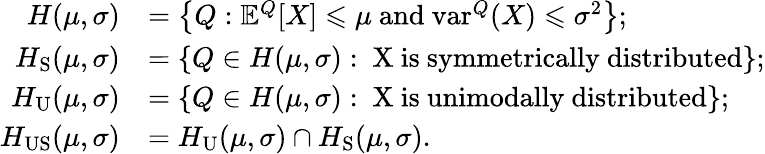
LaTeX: \begin{array}{rl}{H(\mu,\sigma)}&{=\left\{ Q:\mathbb{E}^{Q}[X]\leqslant\mu\mathrm{~and~}\mathrm{var}^{Q}(X)\leqslant\sigma^{2}\right\} ;}\\ {H_{\mathrm{S}}(\mu,\sigma)}&{=\{ Q\in H(\mu,\sigma):\mathrm{~X~is~symmetrically~distributed}\} ;}\\ {H_{\mathrm{U}}(\mu,\sigma)}&{=\{ Q\in H(\mu,\sigma):\mathrm{~X~is~unimodally~distributed}\} ;}\\ {H_{\mathrm{US}}(\mu,\sigma)}&{=H_{\mathrm{U}}(\mu,\sigma)\cap H_{\mathrm{S}}(\mu,\sigma).}\end{array}